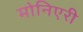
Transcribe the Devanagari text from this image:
मोनिएरी